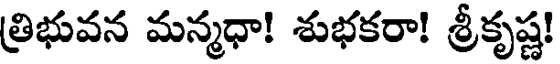
త్రిభువన మన్మధా! శుభకరా! శ్రీకృష్ణ!